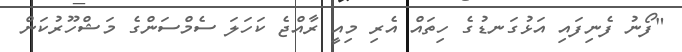
"ފޯނު ފެނިފައި އަޅުގަނޑުގެ ހިތައް އެރި މިއީ ރާއްޖެ ކަހަލަ ސެމްސަންގެ މަޝްހޫރުކަން